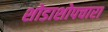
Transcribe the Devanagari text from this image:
शोडाशोपचारा